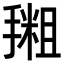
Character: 𪮩